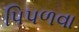
પિપળવા